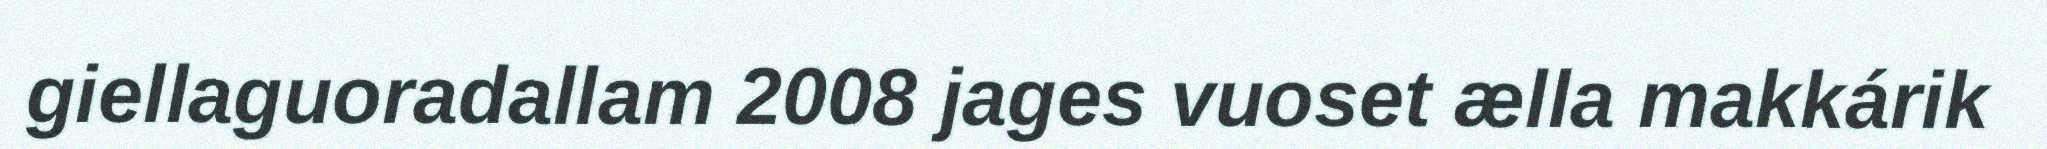
giellaguoradallam 2008 jages vuoset ælla makkárik